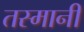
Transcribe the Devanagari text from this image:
तस्मानी